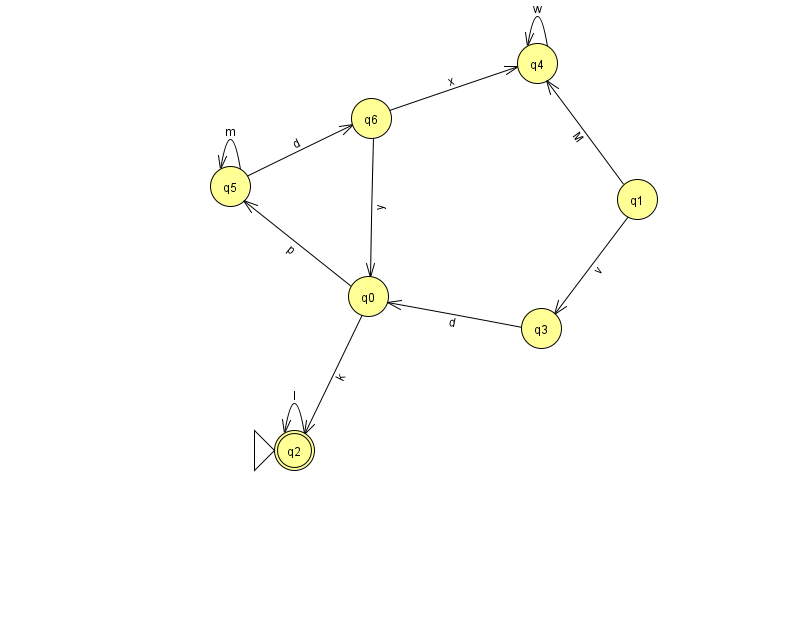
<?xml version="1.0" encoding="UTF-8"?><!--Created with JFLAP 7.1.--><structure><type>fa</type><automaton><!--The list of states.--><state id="0" name="q0"><x>368.0</x><y>283.0</y></state><state id="1" name="q1"><x>637.0</x><y>186.0</y></state><state id="2" name="q2"><x>294.0</x><y>437.0</y><initial/><final/></state><state id="3" name="q3"><x>541.0</x><y>315.0</y></state><state id="4" name="q4"><x>537.0</x><y>50.0</y></state><state id="5" name="q5"><x>230.0</x><y>173.0</y></state><state id="6" name="q6"><x>371.0</x><y>105.0</y></state><!--The list of transitions.--><transition><from>0</from><to>2</to><read>k</read></transition><transition><from>1</from><to>3</to><read>v</read></transition><transition><from>1</from><to>4</to><read>M</read></transition><transition><from>4</from><to>4</to><read>w</read></transition><transition><from>0</from><to>5</to><read>p</read></transition><transition><from>3</from><to>0</to><read>d</read></transition><transition><from>6</from><to>0</to><read>y</read></transition><transition><from>2</from><to>2</to><read>l</read></transition><transition><from>6</from><to>4</to><read>x</read></transition><transition><from>5</from><to>5</to><read>m</read></transition><transition><from>5</from><to>6</to><read>d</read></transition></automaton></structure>